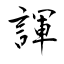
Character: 諢